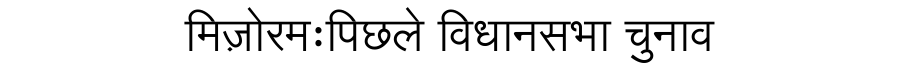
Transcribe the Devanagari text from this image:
मिज़ोरमःपिछले विधानसभा चुनाव